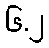
၆.၂